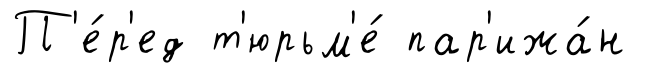
П'е́р'ед т'юрьм'е́ пар'ижа́н